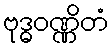
ဗုဒ္ဓဝဏ္ဏိတံ